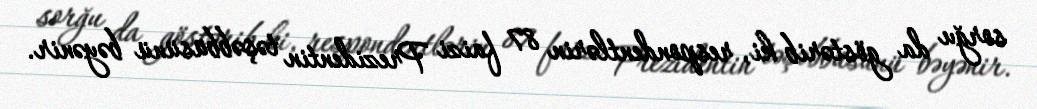
sorğu da göstərib ki, respondentlərin 87 faizi Prezidentin təşəbbüsünü bəyənir.